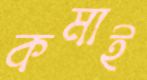
কমাই